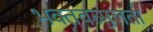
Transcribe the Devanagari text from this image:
भक्तवत्सलता